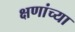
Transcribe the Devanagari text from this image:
क्षणांच्या